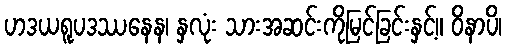
ဟဒယရူပဒဿနေန၊ နှလုံး သားအဆင်းကိုမြင်ခြင်းနှင့်။ ဝိနာပိ၊